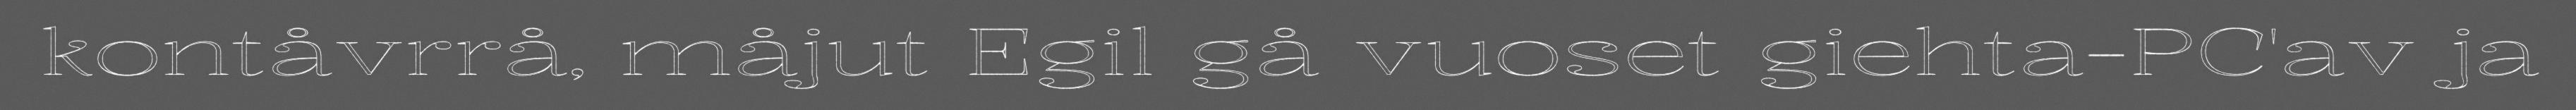
kontåvrrå, måjut Egil gå vuoset giehta-PC'av ja